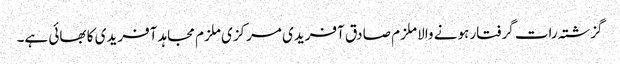
گزشتہ رات گرفتار ہونے والا ملزم صادق آفریدی مرکزی ملزم مجاہد آفریدی کا بھائی ہے۔